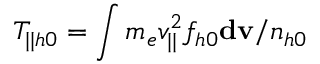
T _ { | | h 0 } = \int m _ { e } v _ { | | } ^ { 2 } f _ { h 0 } \mathbf { d v } / n _ { h 0 }